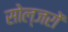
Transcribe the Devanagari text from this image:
सोल्जरों